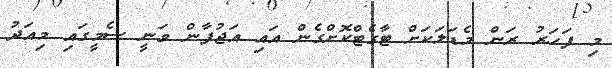
މި ފަހަރު ރަން މެޑަލަކަށް ޓާގެޓްކޮށްގެން އައި އަޖުފާން ވަނީ ސެމީގައި މިއަދު